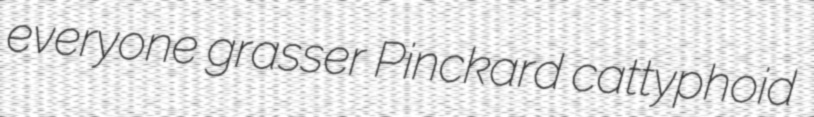
everyone grasser Pinckard cattyphoid